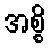
အစ္စိ